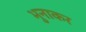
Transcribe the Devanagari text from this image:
भुनाकर